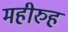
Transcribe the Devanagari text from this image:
महीरुह